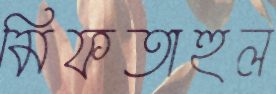
মিফতাহুল